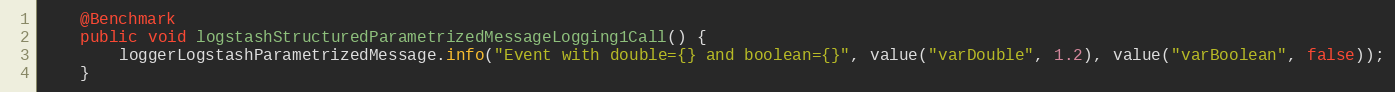
Language: Java
    @Benchmark
    public void logstashStructuredParametrizedMessageLogging1Call() {
        loggerLogstashParametrizedMessage.info("Event with double={} and boolean={}", value("varDouble", 1.2), value("varBoolean", false));
    }